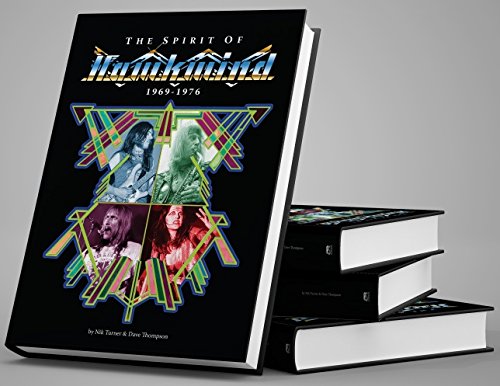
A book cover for The Spirit of Hawkwind 1969-1976; Nik Turner; Arts & Photography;